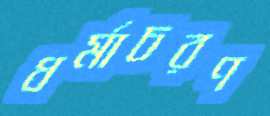
ধর্মাচরণ